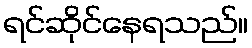
ရင်ဆိုင်နေရသည်။